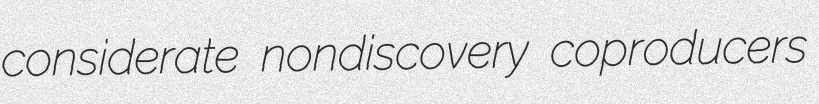
considerate nondiscovery coproducers